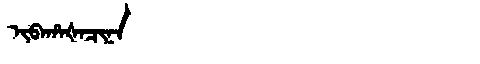
Manchu: ᡳᠪᠠᡥᠠᡧᠠᠴᡳᠨᠠ
Romanization: IBAHAŠACINA